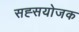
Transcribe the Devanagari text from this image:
सह्सयोजक